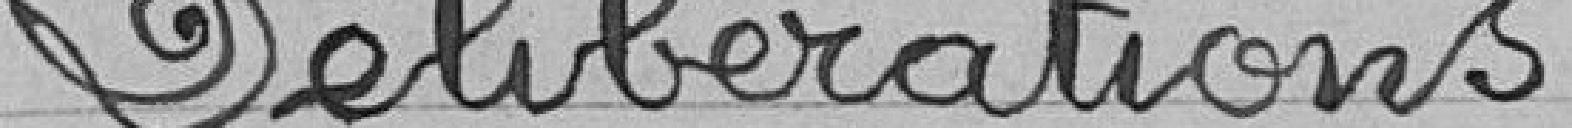
Délibérations